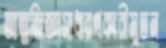
আত্মজিজ্ঞাসাধারণকারীমুতন